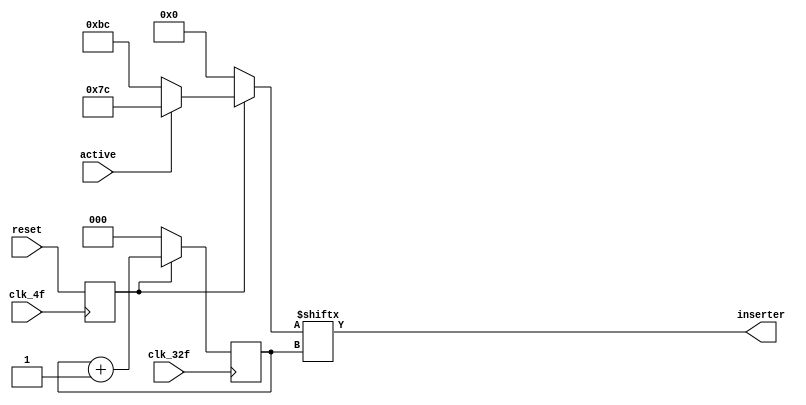
module paralelo_serial2( output reg inserter,
			 input wire clk_4f, clk_32f,  
			 input wire reset, active );

   reg [7:0] 			    IDLE_COM;
   reg [2:0] 			    counter;
   reg 				    reset_s;
   
   
   
   always @( * ) begin
      if( !reset_s ) begin
	 IDLE_COM = 8'h00;
      end
      else begin
	 if( !active ) begin
	    IDLE_COM = 8'hbc;
	 end
	 else begin
	    IDLE_COM = 8'h7c;
	 end
      end
   end

   ////////////////////////////////////////////////
   always @( posedge clk_4f ) begin
      reset_s <= reset;
   end
   
   always @( posedge clk_32f ) begin
      if( reset_s ) begin
	 counter = counter + 1'b1;
      end
      else begin
	counter = 1'b0;
      end
   end


   always @( * ) begin
      inserter = IDLE_COM[counter];
   end

endmodule // paralelo_serial2